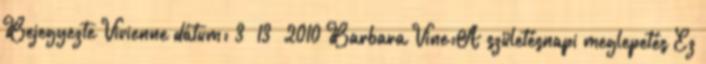
Bejegyezte Vivienne dátum: 3 13 2010 Barbara Vine:A születésnapi meglepetés Ez